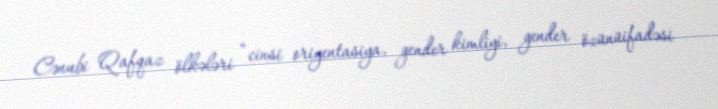
Cənubi Qafqaz ölkələri “cinsi oriyentasiya, gender kimliyi, gender özünüifadəsi